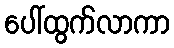
ပေါ်ထွက်လာကာ